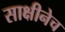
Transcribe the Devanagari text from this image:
साक्षीनेच